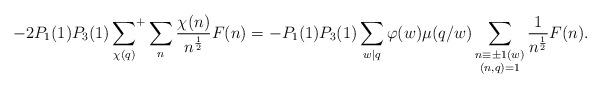
LaTeX: \begin{align*}- 2P_1(1) P_3(1) \sideset{}{^+}\sum_{\chi(q)} \sum_n \frac{\chi(n)}{n^{\frac{1}{2}}} F(n) = -P_1(1) P_3(1)\sum_{w \mid q} \varphi(w) \mu(q/w)\sum_{\substack{n \equiv \pm 1 (w) \\ (n,q)=1}} \frac{1}{n^{\frac{1}{2}}} F(n).\end{align*}